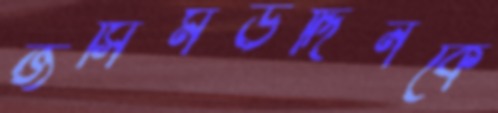
জসিমউদ্দিনকে